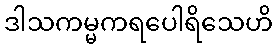
ဒါသကမ္မကရပေါရိသေဟိ